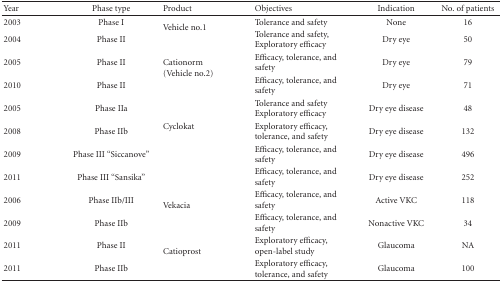
| Year | Phase type | Product | Objectives | Indication | No. of patients |
 | --- | --- | --- | --- | --- | --- |
 | 2003 | Phase I | <ROWSPAN=2> Vehicle no.1 | Tolerance and safety | None | 16 |
 | 2004 | Phase II | Tolerance and safety,Exploratory efficacy | Dry eye | 50 |
 | 2005 | Phase II | <ROWSPAN=2> Cationorm (Vehicle no.2) | Efficacy, tolerance, and safety | Dry eye | 79 |
 | 2010 | Phase II | Efficacy, tolerance, and safety | Dry eye | 71 |
 | 2005 | Phase IIa | <ROWSPAN=4> Cyclokat | Tolerance and safetyExploratory efficacy | Dry eye disease | 48 |
 | 2008 | Phase IIb | Exploratory efficacy, tolerance, and safety | Dry eye disease | 132 |
 | 2009 | Phase III “Siccanove” | Efficacy, tolerance, and safety | Dry eye disease | 496 |
 | 2011 | Phase III “Sansika” | Efficacy, tolerance, and safety | Dry eye disease | 252 |
 | 2006 | Phase IIb/III | <ROWSPAN=2> Vekacia | Efficacy, tolerance, and safety | Active VKC | 118 |
 | 2009 | Phase IIb | Efficacy, tolerance, and safety | Nonactive VKC | 34 |
 | 2011 | Phase II | <ROWSPAN=2> Catioprost | Exploratory efficacy, open-label study | Glaucoma | NA |
 | 2011 | Phase IIb | Exploratory efficacy, tolerance, and safety | Glaucoma | 100 |